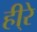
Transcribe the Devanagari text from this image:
ही्रे